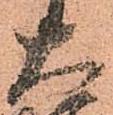
大